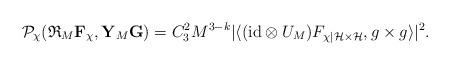
LaTeX: \begin{align*} \mathcal P_{\chi}(\mathfrak R_M\mathbf F_{\chi},\mathbf Y_M \mathbf G) = C_3^2M^{3-k}|\langle (\mathrm{id}\otimes U_M)F_{\chi|\mathcal H \times \mathcal H}, g\times g\rangle|^2. \end{align*}